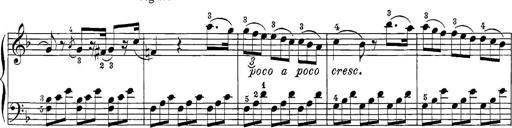
Title: 12 Sonatine per Pianoforte
Composer: Friedrich Kuhlau